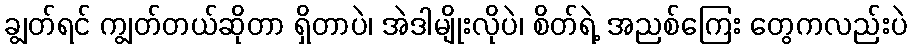
ချွတ်ရင် ကျွတ်တယ်ဆိုတာ ရှိတာပဲ၊ အဲဒါမျိုးလိုပဲ၊ စိတ်ရဲ့ အညစ်ကြေး တွေကလည်းပဲ